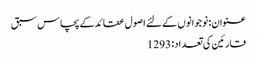
عنوان : نو جوانوں کے لئے اصول عقائدکے پچاس سبق
قارئین کی تعداد : 1293